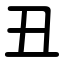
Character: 丑